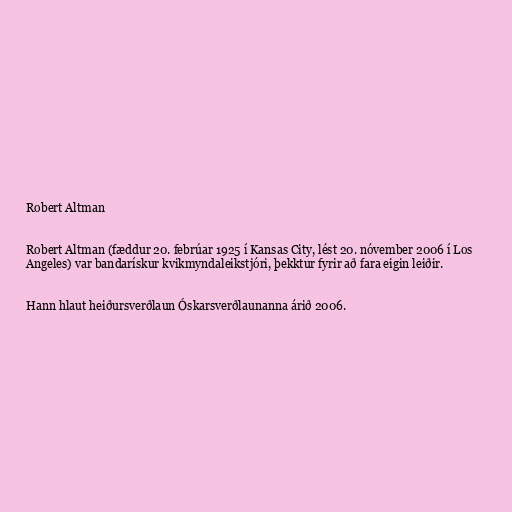
Robert Altman

Robert Altman (fæddur 20. febrúar 1925 í Kansas City, lést 20. nóvember 2006 í Los
Angeles) var bandarískur kvikmyndaleikstjóri, þekktur fyrir að fara eigin leiðir.

Hann hlaut heiðursverðlaun Óskarsverðlaunanna árið 2006.